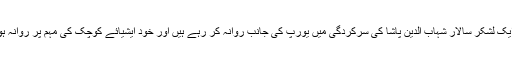
سلطان معظم ایک لشکر سالار شہاب الدین پاشا کی سرکردگی میں یورپ کی جانب روانہ کر رہے ہیں اور خود ایشیائے کوچک کی مہم پر روانہ ہونا چاہتے ہیں۔